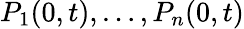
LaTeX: P_{1}(0,t),\dots,P_{n}(0,t)